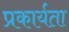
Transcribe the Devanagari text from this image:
प्रकार्यता